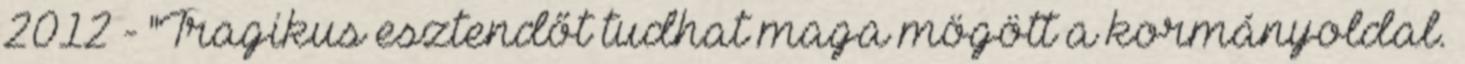
2012 - "Tragikus esztendőt tudhat maga mögött a kormányoldal.